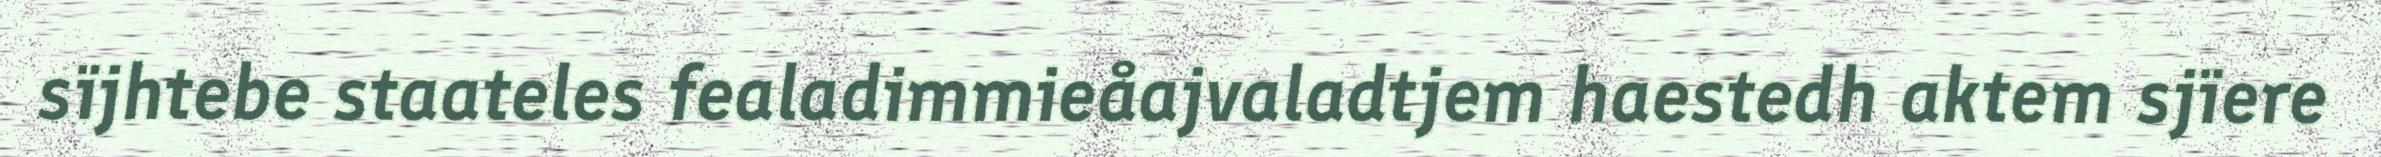
sïjhtebe staateles fealadimmieåajvaladtjem haestedh aktem sjïere